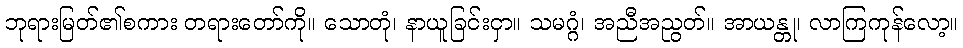
ဘုရားမြတ်၏စကား တရားတော်ကို။ သောတုံ၊ နာယူခြင်းငှာ။ သမဂ္ဂံ၊ အညီအညွတ်။ အာယန္တု၊ လာကြကုန်လော့။